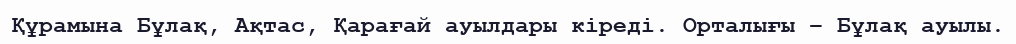
Құрамына Бұлақ, Ақтас, Қарағай ауылдары кіреді. Орталығы – Бұлақ ауылы.